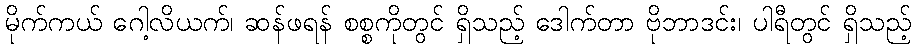
မိုက်ကယ် ဂေါ့လိယက်၊ ဆန်ဖရန် စစ္စကိုတွင် ရှိသည့် ဒေါက်တာ ဗိုဘာဒင်း၊ ပါရီတွင် ရှိသည့်